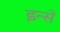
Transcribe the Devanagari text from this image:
इन्से